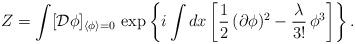
LaTeX: \begin{align*}Z=\int[{\cal D}\phi]_{\langle\phi\rangle=0}\,\exp\left\{i\int dx\left[\frac{1}{2}\,(\partial\phi)^2-\frac{\lambda}{3!}\,\phi^3\right]\right\}.\end{align*}